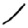
Digit: 1